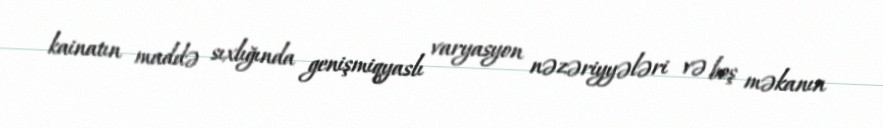
kainatın maddə sıxlığında genişmiqyaslı varyasyon nəzəriyyələri və boş məkanın